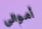
أموالي